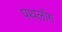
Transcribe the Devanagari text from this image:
पथलॉग